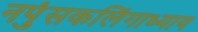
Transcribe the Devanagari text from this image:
नपुंसकलिंगाध्याय